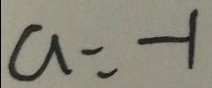
a = - 1